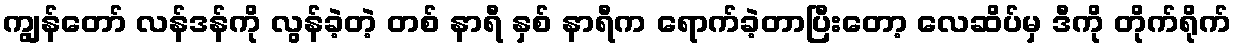
ကျွန်တော် လန်ဒန်ကို လွန်ခဲ့တဲ့ တစ် နာရီ နှစ် နာရီက ရောက်ခဲ့တာပြီးတော့ လေဆိပ်မှ ဒီကို တိုက်ရိုက်